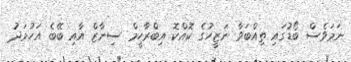
ނަމަވެސް ބޯޑުގައި ތިއްބަވާ ނަޒީހުގެ ކޮއްކޮ އިބްރާހީމް ސިނާޒް އާއި ބޭބެ އަހުމަދު